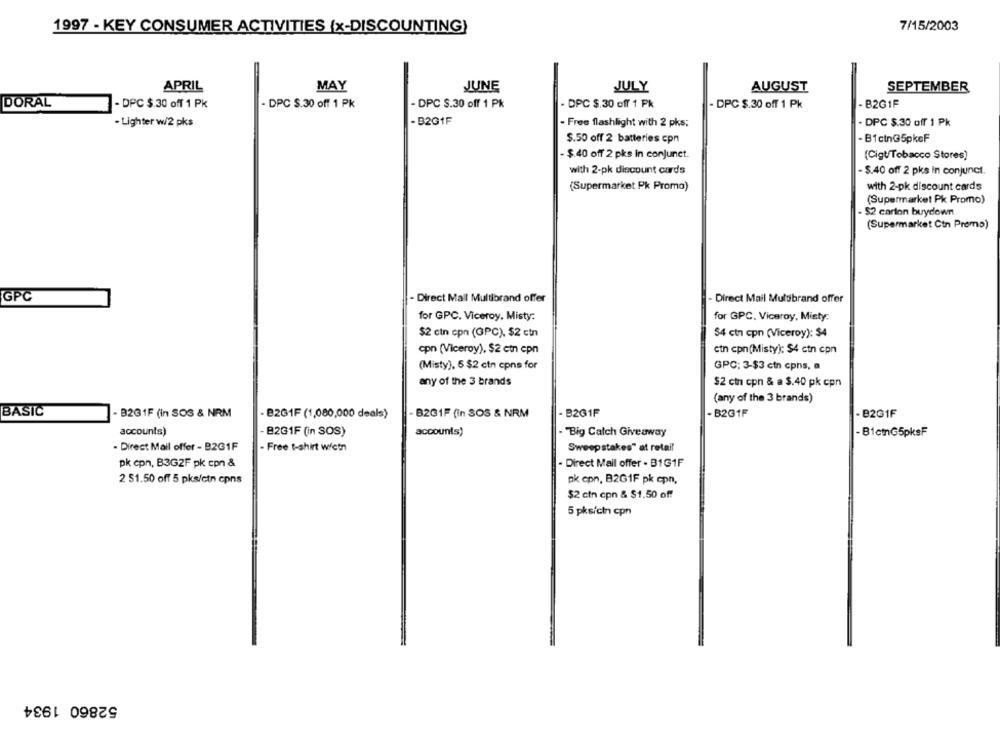
1997 - KEY CONSUMER ACTIVITIES (x-DISCOUNTING)
7/15/2003
APRIL
MAY
JUNE
JULY
AUGUST
SEPTEMBER
DPC $.30 off 1 Pk
- B2GIF
DORAL
- DPC $.30 off 1 Pk
- DPC $.30 off 1 Pk
- DPC S.30 off 1 Pk
- DPC $.30 off 1 Pk
- Lighter w/2 pks
-B2GIF
- Free flashlight with 2 pks;
. DPC $.30 off 1 Pk
$.50 off 2 batteries cpn
- B1ctn35pkcF
- $ 40 off 2 pks in conjunet.
(Cigt/Tobacco Stores)
with 2-pk discount cards
- $.40 off 2 pks in conjunct.
(Supermarket Pk Promo)
with 2-pk discount cards
(Supermarket Pk Promo)
- $2 carton buydown
(Supermarket Ctn Promo)
GPC
- Direct Mall Multibrand offer
Direct Mail Multibrand offer
for GPC. Viceroy, Misty:
for GPC. Viceroy, Misty:
$2 cin cpn (GPC), $2 ctn
$4 ctn cpn (Viceroy): $4
cpn (Viceroy). $2 ctn cpn
ctn cpn(Misty): $4 ctn cpn
(Misty), 5 $2 ctn cpns for
GPC: 3-$3 ctn cpns, a
any of the 3 brands
$2 ctn cpn & a $.40 pk cpn
(any of the 3 brands)
BASIC
- B2G1F (in SOS & NRM
B2G1F (1,080,000 deals)
B2G1F (in SOS & NRM
- B261F
-B231F
- B2G1F
accounts)
- B2G1F (in SOS)
accounts)
- "Big Catch Giveaway
- BictnG5pksF
- Direct Mail offer - B261F
- Free t-shirt wietn
Sweepstakes" at retail
pk cpn, B3G2F pk con &
- Direct Mail offer - B1G1F
2 S1.50 off 5 pks/ctn cpns
pk cpn, B2G1F pk cpn,
$2 cin cpn & $1.50 off
5 pks/cin cpn
52860 1934